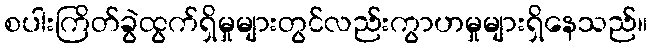
စပါးကြိတ်ခွဲထွက်ရှိမှုများတွင်လည်းကွာဟမှုများရှိနေသည်။